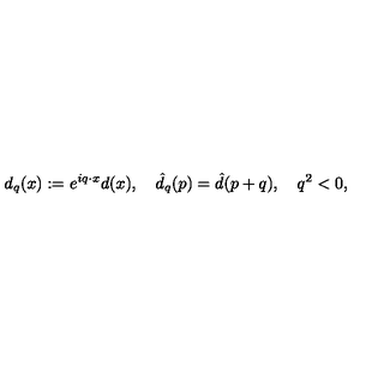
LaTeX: d _ { q } ( x ) : = e ^ { i q \cdot x } d ( x ) , \quad \hat { d } _ { q } ( p ) = \hat { d } ( p + q ) , \quad q ^ { 2 } < 0 ,